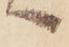
へ